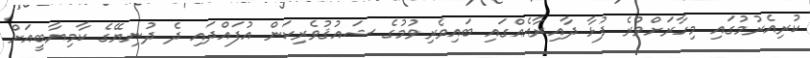
ކުރިއެރުމުގައި މިހާރަށްވުރެ ފުޅާ ދާއިރާއެއްގައި ބައިވެރިވުމުގެ ޝައުޤުވެރިކަން އުފައްދައި ދެ ދުނިޔޭގެ ކާމިޔާބީއަށް